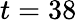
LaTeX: t=38